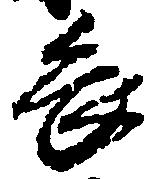
畏